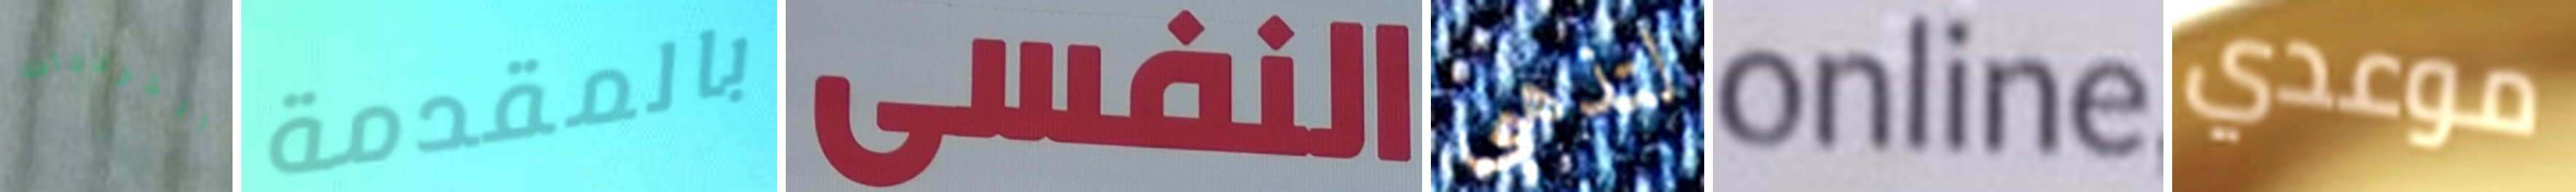
الترددات بالمقدمة النفيى لتذهبي online موعدي